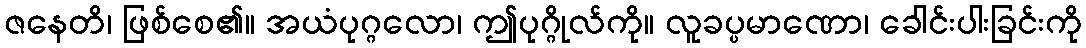
ဇနေတိ၊ ဖြစ်စေ၏။ အယံပုဂ္ဂလော၊ ဤပုဂ္ဂိုလ်ကို။ လူခပ္ပမာဏော၊ ခေါင်းပါးခြင်းကို